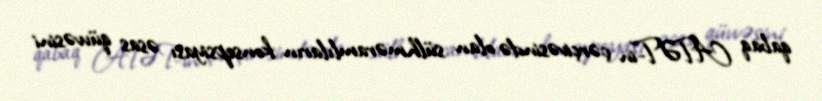
qabaq ATƏT-in çərçivəsində olan sülhməramlıların konsepsiyası əsas qüvvəsini